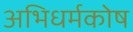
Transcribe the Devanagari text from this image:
अभिधर्मकोष